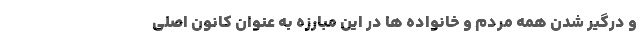
و درگیر شدن همه مردم و خانواده ها در این مبارزه به عنوان کانون اصلی